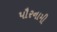
પૌરનામી